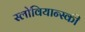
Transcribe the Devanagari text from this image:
स्लोवियान्स्की